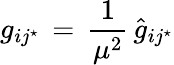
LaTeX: g_{ij^{\star}}\, =\, {\frac{1}{\mu^{2}}}\, {\hat{g}}_{ij^{\star}}